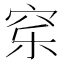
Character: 𰩈